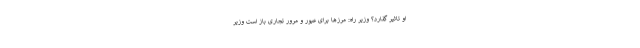
او تاثیر گذارد؟ وزیر راه: مرزها برای عبور و مرور تجاری باز است وزیر